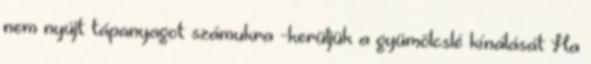
nem nyújt tápanyagot számukra -kerüljük a gyümölcslé kínálását Ha